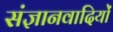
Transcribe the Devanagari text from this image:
संज्ञानवादियों